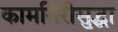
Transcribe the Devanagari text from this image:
कामगिरीसुद्धा